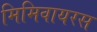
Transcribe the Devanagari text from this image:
मिमिवायरस